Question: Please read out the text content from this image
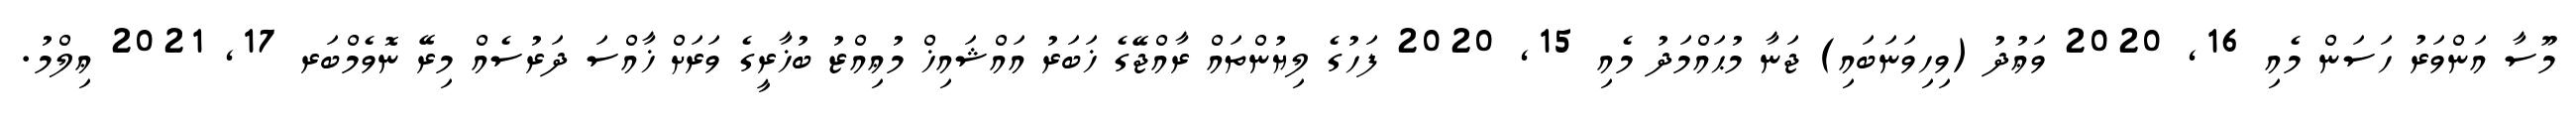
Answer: މޫސާ އަންވަރު ހަސަން މެއި 16, 2020 ވަޢުދު (ވިހިވަނަބައި) ޖަނާ މުޙައްމަދު މެއި 15, 2020 ފަހުގެ ލިޔުންތައް ރާއްޖޭގެ ޚަބަރު އައްޝައިޚް މުޢިއްޒު ބުޚާރީގެ ވަރަށް ޚާއްސަ ދަރުސެއް މިރޭ ނޮވެމްބަރ 17, 2021 ޢިލްމު.